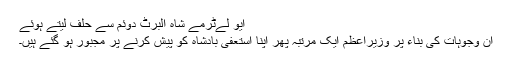
ایو لےٹرمے شاہ البرٹ دوئم سے حلف لیتے ہوئے
ان وجوہات کی بناء پر وزیراعظم ایک مرتبہ پھر اپنا استعفی بادشاہ کو پیش کرنے پر مجبور ہو گئے ہیں۔